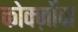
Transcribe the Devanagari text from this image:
कोर्क्ज़ोवा